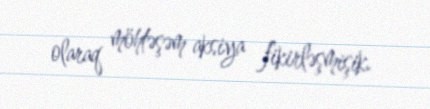
olaraq möhtəşəm aksiya fikirləşmişik.